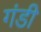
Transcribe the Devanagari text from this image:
गंडी